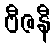
ဗီဇနီ